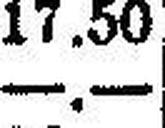
—.—